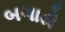
બગાડો